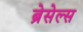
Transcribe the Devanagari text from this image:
ब्रेसेल्स